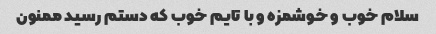
سلام خوب و خوشمزه و با تایم خوب که دستم رسید ممنون